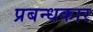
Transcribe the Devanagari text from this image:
प्रबन्धकार